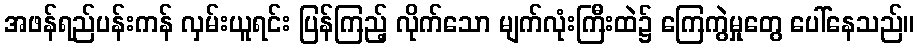
အဖန်ရည်ပန်းကန် လှမ်းယူရင်း ပြန်ကြည့် လိုက်သော မျက်လုံးကြီးထဲ၌ ကြေကွဲမှုတွေ ပေါ်နေသည်။